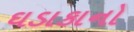
ઘડાકાનો